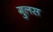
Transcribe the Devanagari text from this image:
गुलस